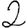
Digit: 2